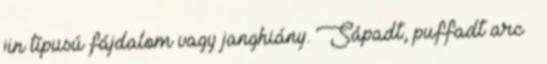
jin típusú fájdalom vagy janghiány. Sápadt, puffadt arc –